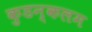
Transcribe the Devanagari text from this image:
कुडन्कलम